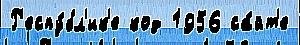
Р'еспу́бл'ик'е код 1956 са́йт'е